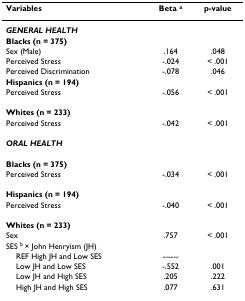
<table><thead><tr><td><b>Variables</b></td><td><b>Beta <sup>a</sup></b></td><td><b>p-value</b></td></tr></thead><tbody><tr><td><b><i>GENERAL HEALTH </i></b></td><td></td><td></td></tr><tr><td><b>Blacks (n = 375)</b></td><td></td><td></td></tr><tr><td>Sex (Male)</td><td>.164</td><td>.048</td></tr><tr><td>Perceived Stress</td><td>-.024</td><td>&lt; .001</td></tr><tr><td>Perceived Discrimination</td><td>-.078</td><td>.046</td></tr><tr><td><b>Hispanics (n = 194)</b></td><td></td><td></td></tr><tr><td>Perceived Stress</td><td>-.056</td><td>&lt; .001</td></tr><tr><td><b>Whites (n = 233)</b></td><td></td><td></td></tr><tr><td>Perceived Stress</td><td>-.042</td><td>&lt; .001</td></tr><tr><td><b><i>ORAL HEALTH</i></b></td><td></td><td></td></tr><tr><td><b>Blacks (n = 375)</b></td><td></td><td></td></tr><tr><td>Perceived Stress</td><td>-.034</td><td>&lt; .001</td></tr><tr><td><b>Hispanics (n = 194)</b></td><td></td><td></td></tr><tr><td>Perceived Stress</td><td>-.040</td><td>&lt; .001</td></tr><tr><td><b>Whites (n = 233)</b></td><td></td><td></td></tr><tr><td>Sex</td><td>.757</td><td>&lt; .001</td></tr><tr><td>SES <sup>b </sup>× John Henryism (JH)</td><td></td><td></td></tr><tr><td> REF High JH and Low SES</td><td>------</td><td></td></tr><tr><td> Low JH and Low SES</td><td>-.552</td><td>.001</td></tr><tr><td> Low JH and High SES</td><td>.205</td><td>.222</td></tr><tr><td> High JH and High SES</td><td>.077</td><td>.631</td></tr></tbody></table>